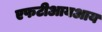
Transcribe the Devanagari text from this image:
एफटीआयआय